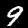
Label: 9